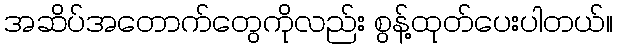
အဆိပ်အတောက်တွေကိုလည်း စွန့်ထုတ်ပေးပါတယ်။